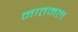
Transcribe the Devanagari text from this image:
नातमल